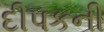
દીપકની